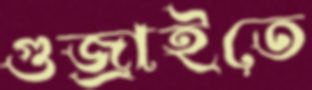
গুজ্‌রাইতে